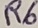
Text: R6